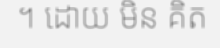
។ ដោយ មិន គិត